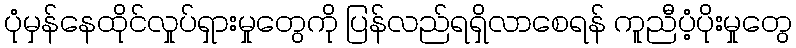
ပုံမှန်နေထိုင်လှုပ်ရှားမှုတွေကို ပြန်လည်ရရှိလာစေရန် ကူညီပံ့ပိုးမှုတွေ